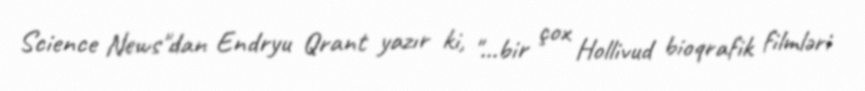
Science News"dan Endryu Qrant yazır ki, "…bir çox Hollivud bioqrafik filmləri